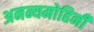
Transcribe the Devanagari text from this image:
अनन्यमोहिनी